Civil Veterinary Department Bihar reports 1936-40 - 1936-1940
Year: 1936
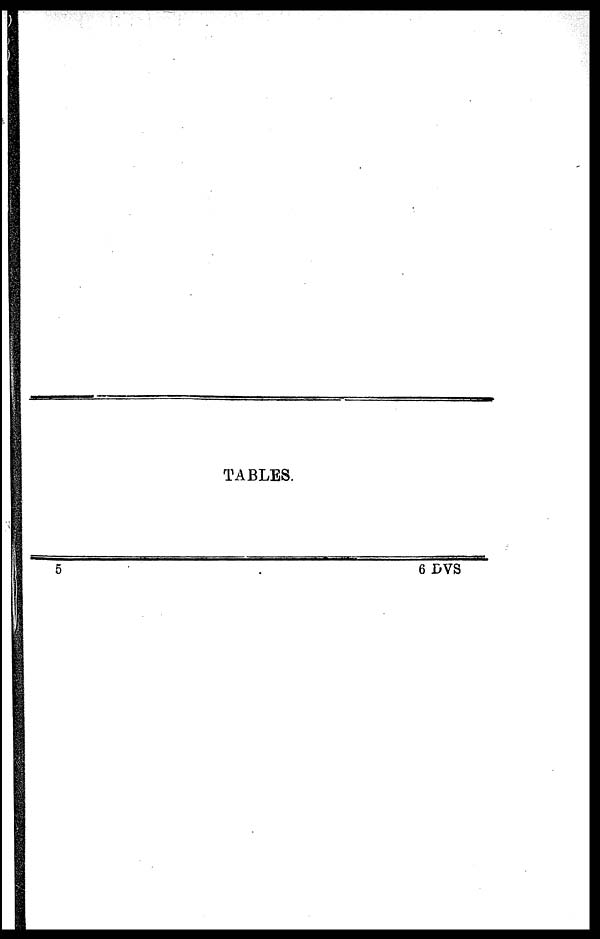
TABLES.
5
6 DVS